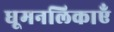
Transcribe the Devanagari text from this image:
धूमनलिकाएँ